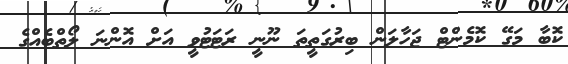
ކޮބާ މަގޭ ކޮމެންޓް ޖަހާލަން ބިރުގަތީތަ ނޫނީ ރަޓަޓުވީ އަށް އޮންނަ ލޯތްބެއްގެ